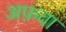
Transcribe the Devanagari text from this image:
अफ़वा